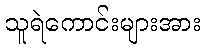
သူရဲကောင်းများအား